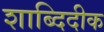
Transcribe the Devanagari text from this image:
शाब्दिदीक